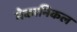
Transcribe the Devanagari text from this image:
मेकानिकल